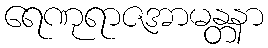
ရေဏုရာဇအာမန္တနာ